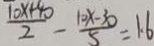
\frac { 1 0 x + 4 0 } { 2 } - \frac { 1 0 x - 3 0 } { 5 } = 1 . 6